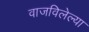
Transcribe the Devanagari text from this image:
वाजविलेल्या